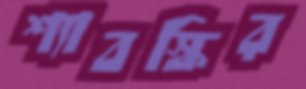
শ্যাবস্কির